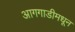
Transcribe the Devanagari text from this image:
आगगाडीमधून